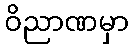
ဝိညာဏမှာ